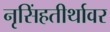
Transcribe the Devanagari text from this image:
नृसिंहतीर्थावर